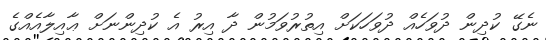
ނެގޭ ކުދިން ދުވަހެއް ދުވަހަކަށް އިތުރުވަމުން ދާ އިރު އެ ކުދިންނަށް ޢާއިލާއެއްގެ